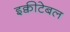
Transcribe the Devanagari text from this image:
इक्वीटेबल